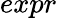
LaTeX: expr